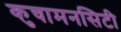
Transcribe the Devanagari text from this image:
कुचामनसिटी